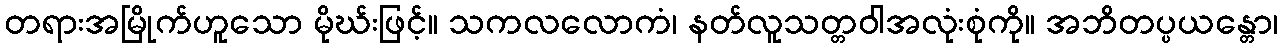
တရားအမြိုက်ဟူသော မိုဃ်းဖြင့်။ သကလလောကံ၊ နတ်လူသတ္တဝါအလုံးစုံကို။ အဘိတပ္ပယန္တော၊